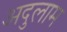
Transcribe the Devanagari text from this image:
अदुलाम